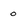
Character: 0